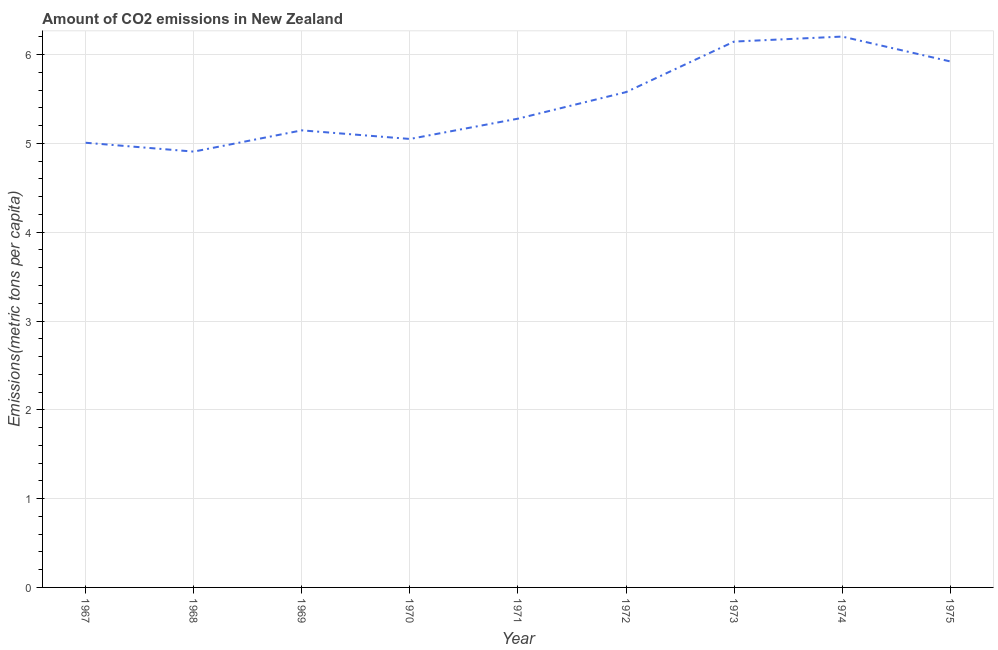
| Year | CO2 emissions |
 | --- | --- |
 | 1967 | 5.01 |
 | 1968 | 4.91 |
 | 1969 | 5.15 |
 | 1970 | 5.05 |
 | 1971 | 5.28 |
 | 1972 | 5.58 |
 | 1973 | 6.15 |
 | 1974 | 6.2 |
 | 1975 | 5.92 |